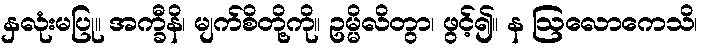
နှလုံးမပြု။ အက္ခီနိ၊ မျက်စိတို့ကို။ ဥမ္မိလိတွာ၊ ဖွင့်၍။ န ဩလောကေသိ၊